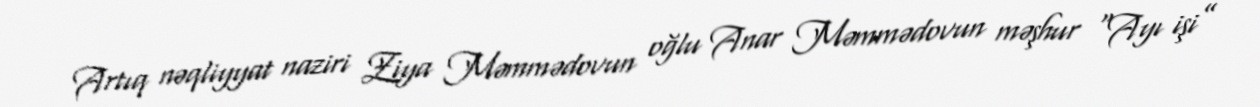
Artıq nəqliyyat naziri Ziya Məmmədovun oğlu Anar Məmmədovun məşhur “Ayı işi”